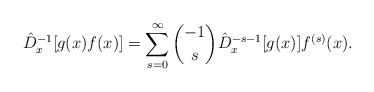
\begin{align*}{\hat{D}_{x}^{-1}} [g(x) f(x) ]= \sum_{s=0}^{\infty} \binom{-1}{s} {\hat{D}_{x}^{-s-1}}[g(x)] f^{(s)}(x). \end{align*}